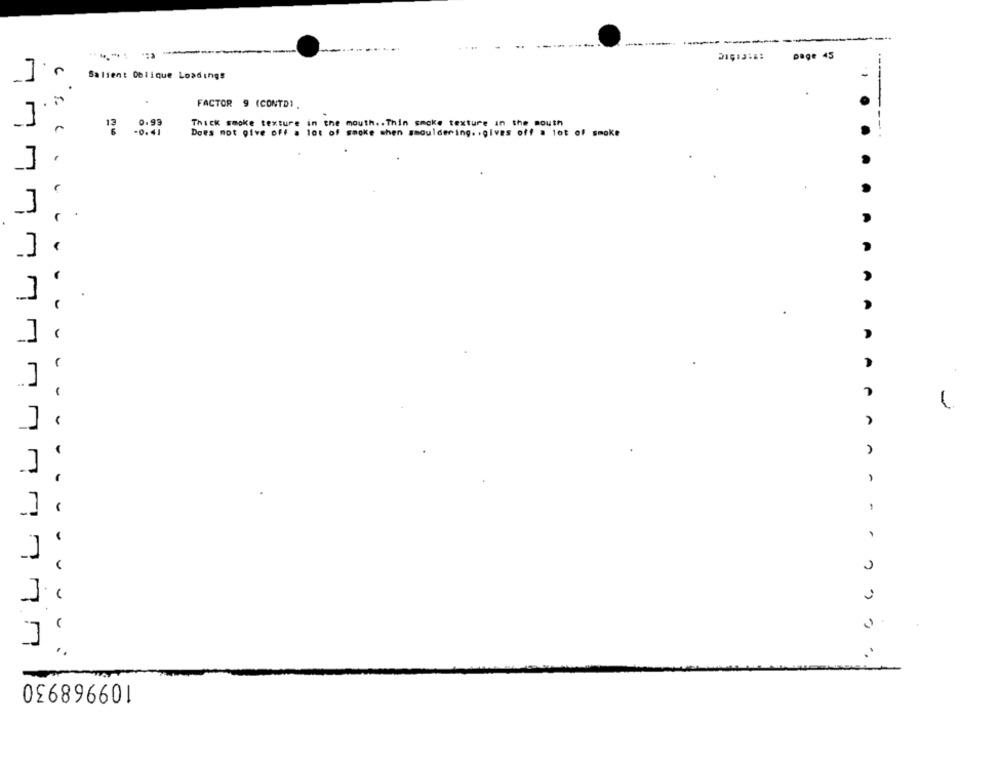
---
page 45
Salient Oblique Losdings
C
FACTOR 9 (CONTDI.
Thick smoke texture in the mouth .. Thin smoke texture in the mouth
29.99
Does not give off a lot of smoke when shouldering. . gives off a lot of smoke
.] .
A
.
- -
.
A
-
A
-
A
-
A
-
-
..
2
109968930